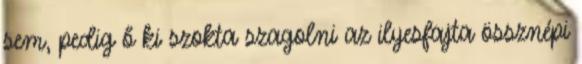
sem, pedig ő ki szokta szagolni az ilyesfajta össznépi